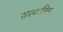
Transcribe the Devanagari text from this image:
सस्थानिक